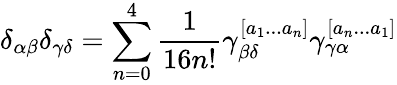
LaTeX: \delta_{\alpha\beta}\delta_{\gamma\delta}=\sum_{n=0}^{4}{\frac{1}{16n!}}\gamma_{\beta\delta}^{[a_{1}...a_{n}]}\gamma_{\gamma\alpha}^{[a_{n}...a_{1}]}